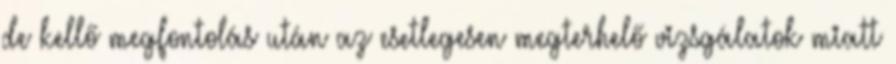
de kellő megfontolás után az esetlegesen megterhelő vizsgálatok miatt